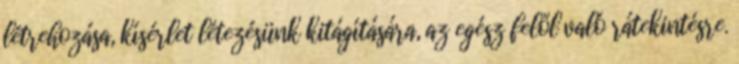
létrehozása, kísérlet létezésünk kitágítására, az egész felől való rátekintésre.